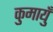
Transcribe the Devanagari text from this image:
कुमायुँ